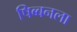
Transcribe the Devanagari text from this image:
षिब्बनला